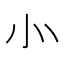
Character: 㣺